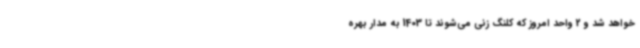
خواهد شد و 2 واحد امروز که کلنگ زنی می‌شوند تا 1403 به مدار بهره